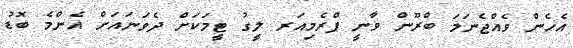
އެހެން ވެއްޖެނަމަ ބްރޫން ވާނީ ޕްރެމިއަރ ލީގު ޓީމަކަށް ދެވަނައަށް އެންމެ ބޮޑު